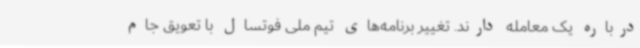
درباره یک معامله دارند. تغییر برنامه‌های تیم ملی فوتسال با تعویق جام